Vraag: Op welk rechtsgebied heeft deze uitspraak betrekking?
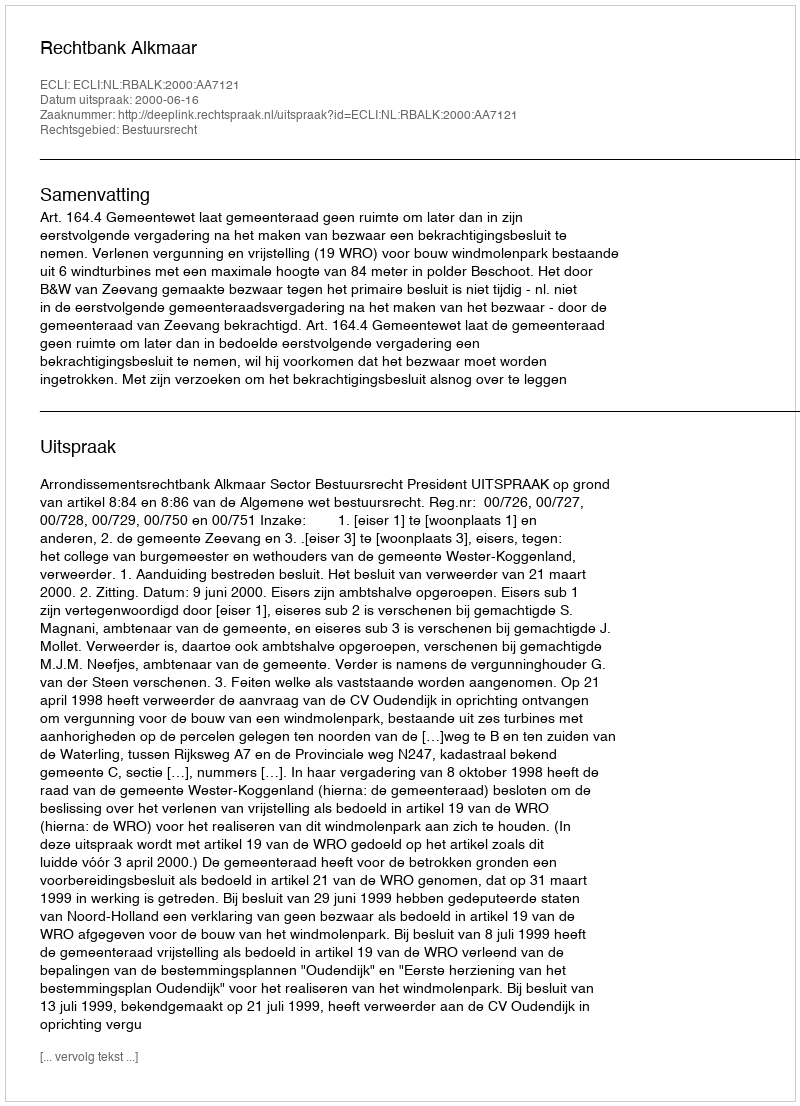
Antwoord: Bestuursrecht